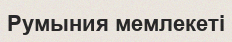
Румыния мемлекеті